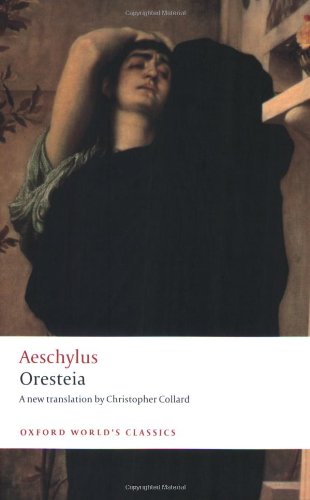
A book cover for Oresteia (Oxford World's Classics); Aeschylus; Literature & Fiction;